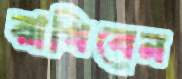
রাখিবেন